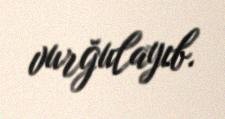
vurğulayıb.